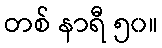
တစ် နာရီ ၅၀။